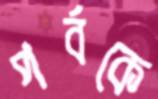
পর্বকে